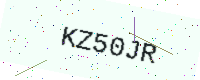
Text: KZ50JR